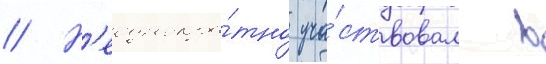
// Н'еоднокра́тно уча́ствовал в